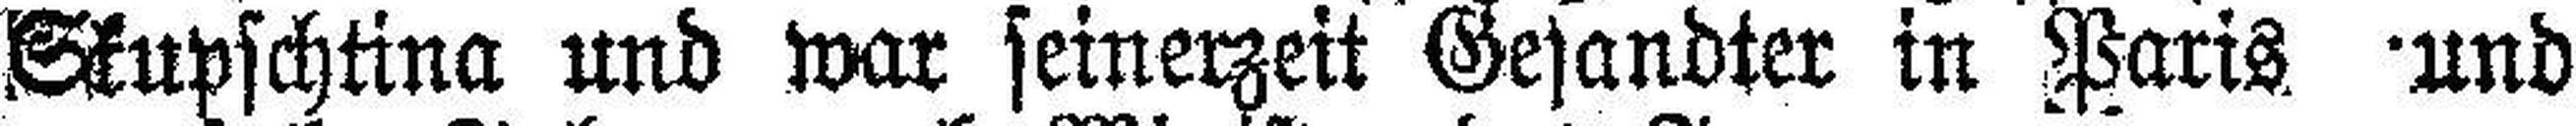
Skupschtina und war seinerzeit Gesandter in Paris und